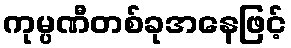
ကုမ္ပဏီတစ်ခုအနေဖြင့်